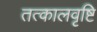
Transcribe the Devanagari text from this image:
तत्कालवृष्टि